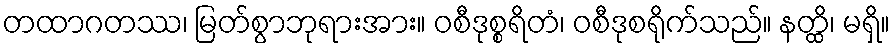
တထာဂတဿ၊ မြတ်စွာဘုရားအား။ ဝစီဒုစ္စရိတံ၊ ဝစီဒုစရိုက်သည်။ နတ္ထိ၊ မရှိ။